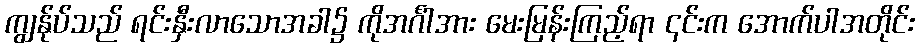
ကျွန်ုပ်သည် ရင်းနှီးလာသောအခါ၌ ကိုအင်္ဂါအား မေးမြန်းကြည့်ရာ ၎င်းက အောက်ပါအတိုင်း